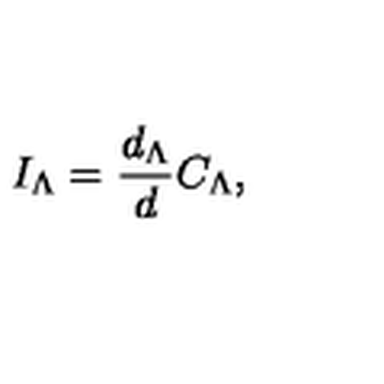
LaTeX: I _ { \Lambda } = { \frac { d _ { \Lambda } } { d } } C _ { \Lambda } ,